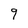
Character: 9